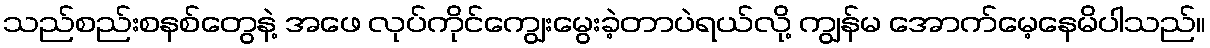
သည်စည်းစနစ်တွေနဲ့ အဖေ လုပ်ကိုင်ကျွေးမွေးခဲ့တာပဲရယ်လို့ ကျွန်မ အောက်မေ့နေမိပါသည်။